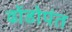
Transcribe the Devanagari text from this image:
ढोंडोपंत